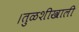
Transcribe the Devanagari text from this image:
।तुळशीखाली